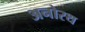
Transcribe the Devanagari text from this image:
अनोरथ